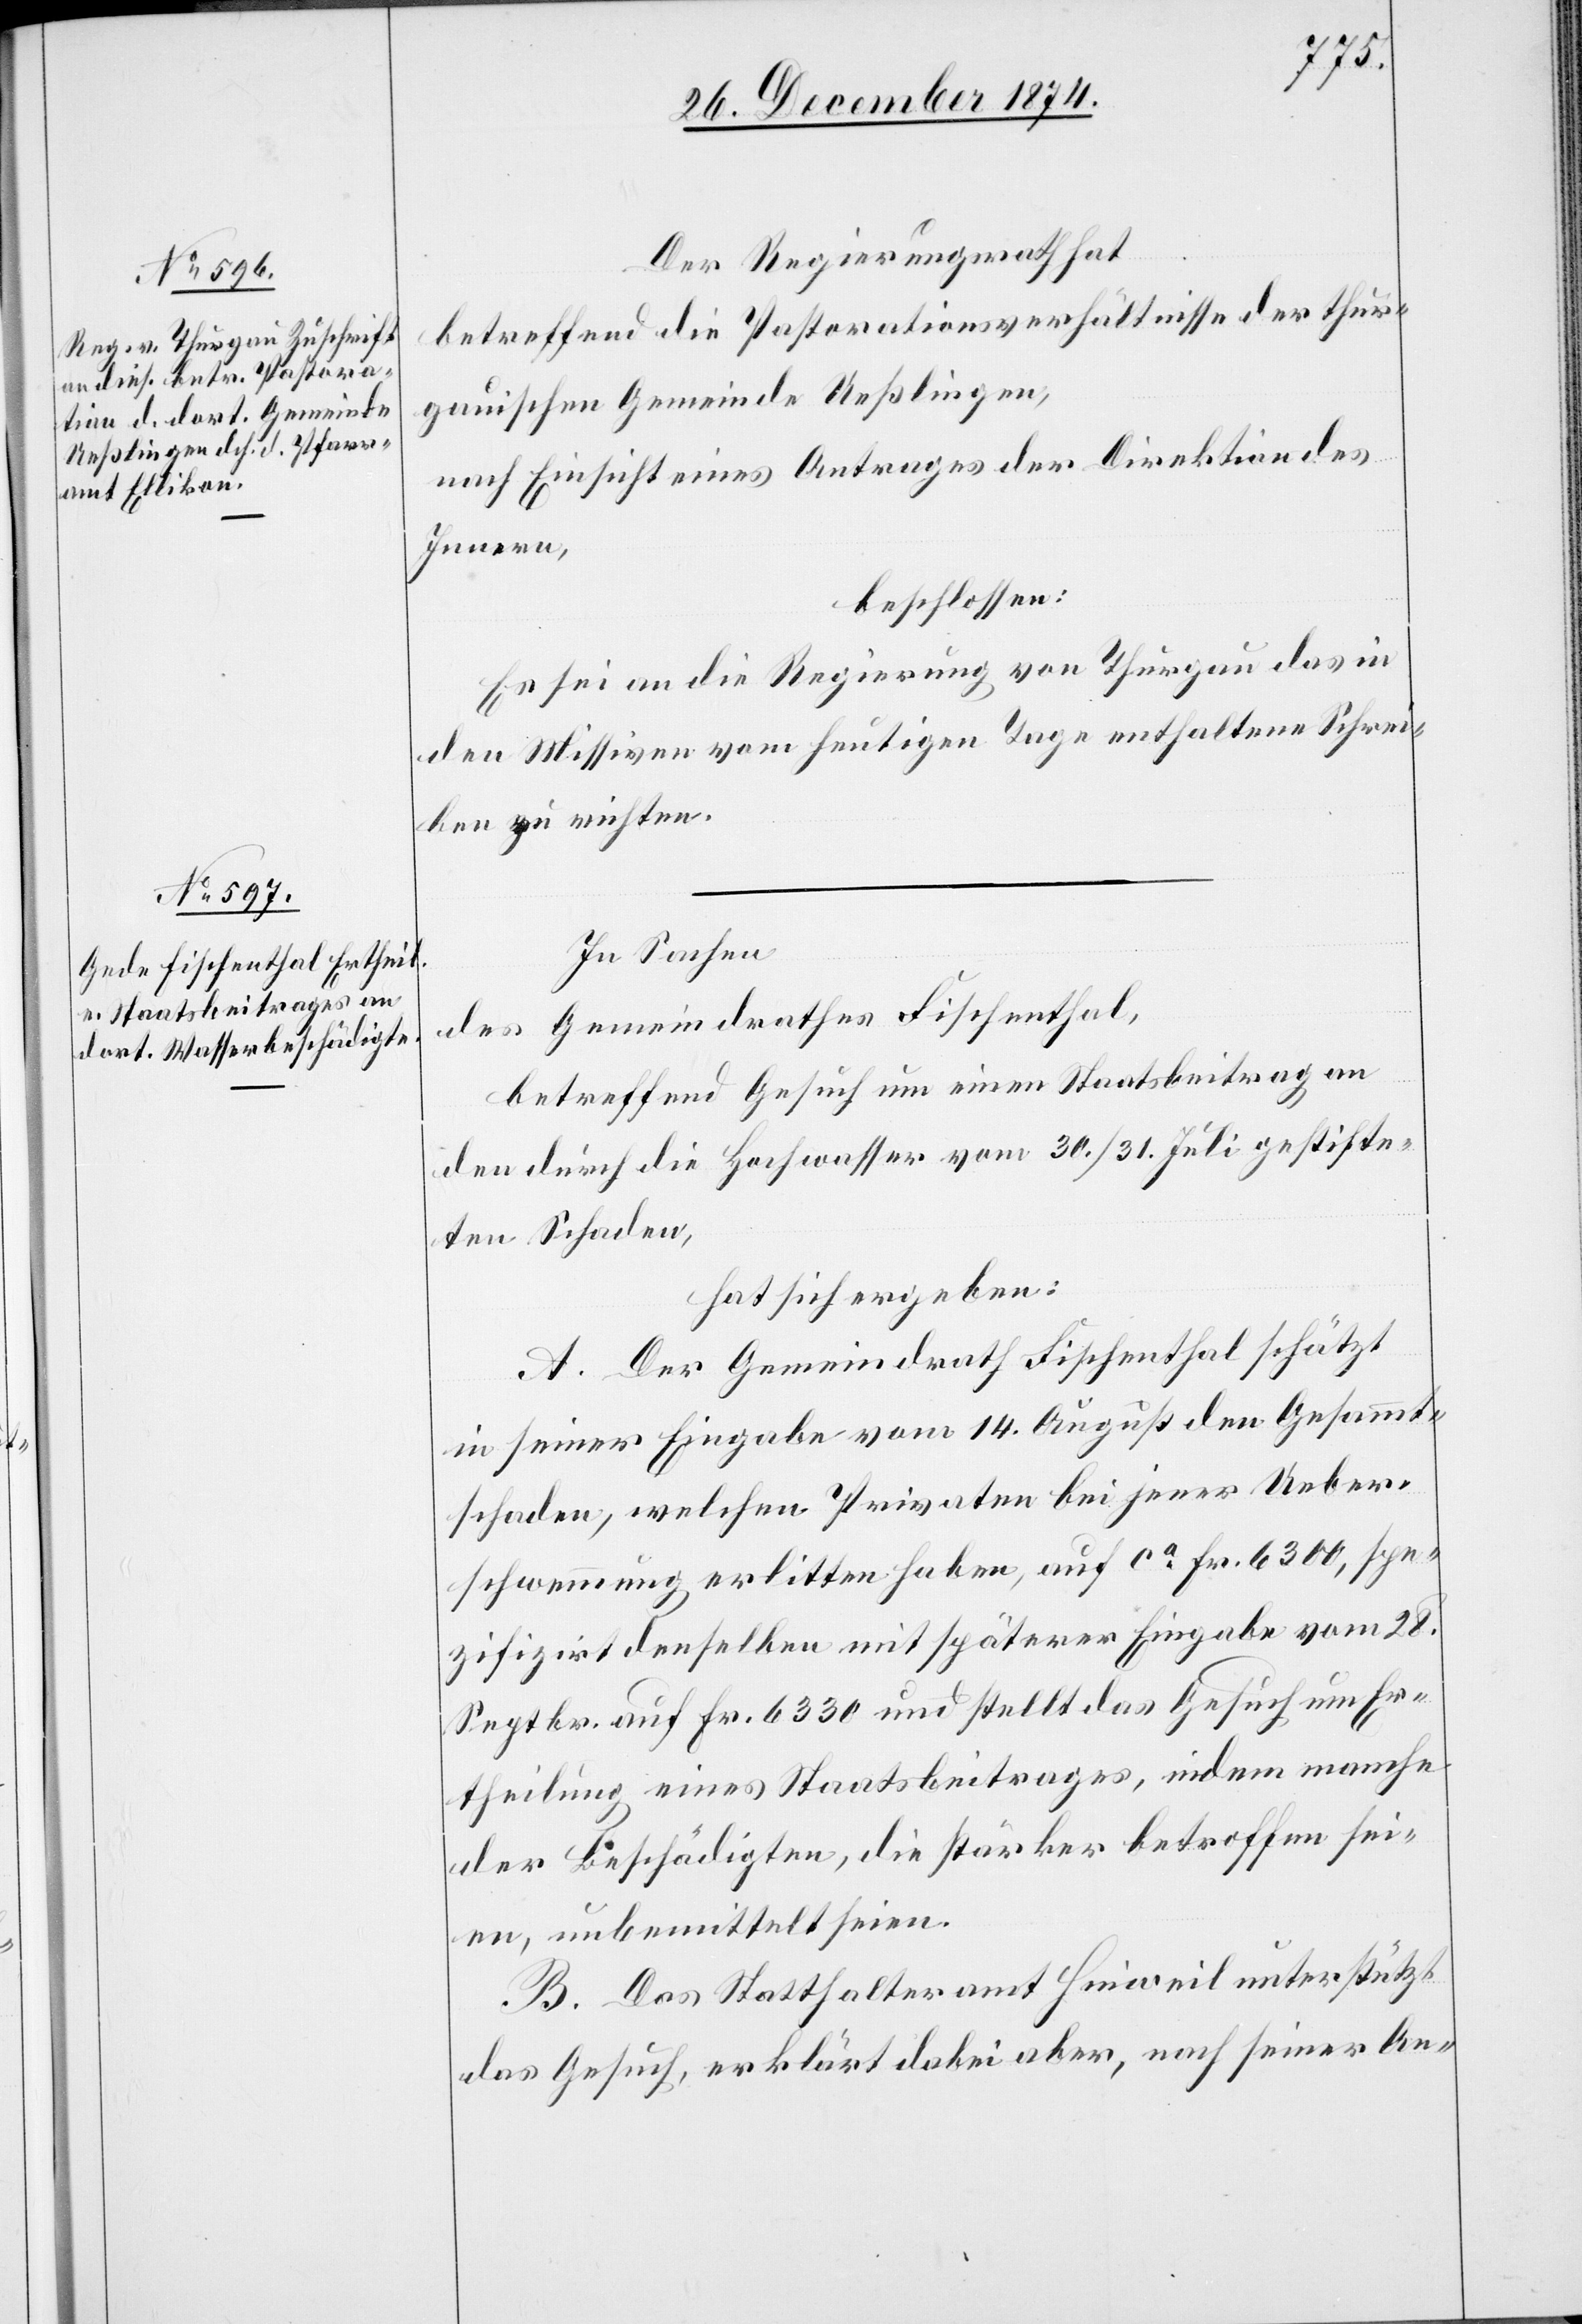
Der Regierungsrath hat
betreffend die Pastorationsverhältnisse der thur¬
gauischen Gemeinde Ueßlingen,
nach Einsicht eines Antrages der Direktion des
Innern,
beschlossen:
Es sei an die Regierung von Thurgau das in
den Missiven vom heutigen Tage enthaltene Schrei¬
ben zu richten.
In Sachen
des Gemeindrathes Fischenthal,
betreffend Gesuch um einen Staatsbeitrag an
den durch die Hochwasser vom 30./31. Juli gestifte¬
ten Schaden,
hat sich ergeben:
A. Der Gemeindrath Fischenthal schätzt
in seiner Eingabe vom 14. August den Gesammt¬
schaden, welchen Privaten [sic!] bei jener Ueber¬
schwemmung erlitten haben, auf ca Fr. 6300, spe¬
zifizirt denselben mit späterer Eingabe vom 28.
Septbr. auf Fr. 6330 und stellt das Gesuch um Er¬
theilung eines Staatsbeitrages, indem manche
der Beschädigten, die stärker betroffen sei¬
en, unbemittelt seien.
B. Das Statthalteramt Hinweil unterstützt
das Gesuch, erklärt dabei aber, nach seiner An-